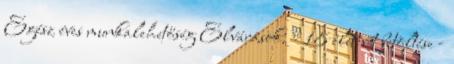
Egész éves munkalehetőség Elvárások: - 18 életévét betöltése -